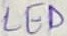
Text: LED